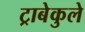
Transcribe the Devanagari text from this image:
ट्राबेकुले